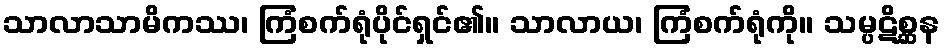
သာလာသာမိကဿ၊ ကြံစက်ရုံပိုင်ရှင်၏။ သာလာယ၊ ကြံစက်ရုံကို။ သမ္ပဋိစ္ဆန